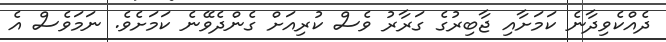
ދެއްކެވިދާނެ ކަމަށާއި ޖާބިރުގެ ގަރާރު ވެސް ކުރިއަށް ގެންދެވޭނެ ކަމަށެވެ. ނަމަވެސް އެ